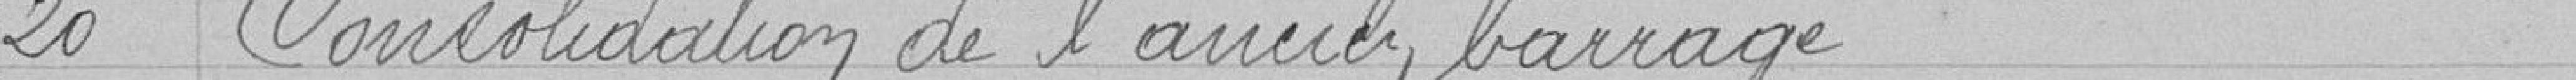
20 Consolidation de l'ancien barrage